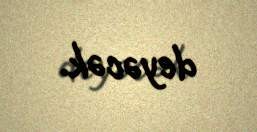
deyəcək.